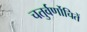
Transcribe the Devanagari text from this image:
चतुर्वर्णोचितें